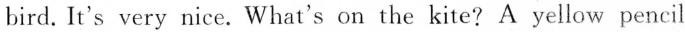
bird. It's very nice. What's on the kite? A yellow pencil